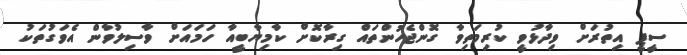
ސީޕީ އިތުރަށް ވިދާޅުވީ ކުރިމަތިވާ ގޮންޖެހުންތައް ގިރާކޮށް ކާމިޔާބީއާ ހަމައަށް ވާސިލުވާން އެވަގުތަކު